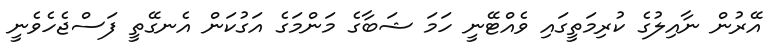
އޭރުން ނާއިލުގެ ކުރިމަތީގައި ވެއްޓޭނީ ހަމަ ޝަބާގެ މަންމަގެ އަގުކަން އެނގޭތީ ފަސްޖެހެވެނީ